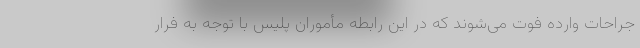
جراحات وارده فوت می‌شوند که در این رابطه مأموران پلیس با توجه به فرار